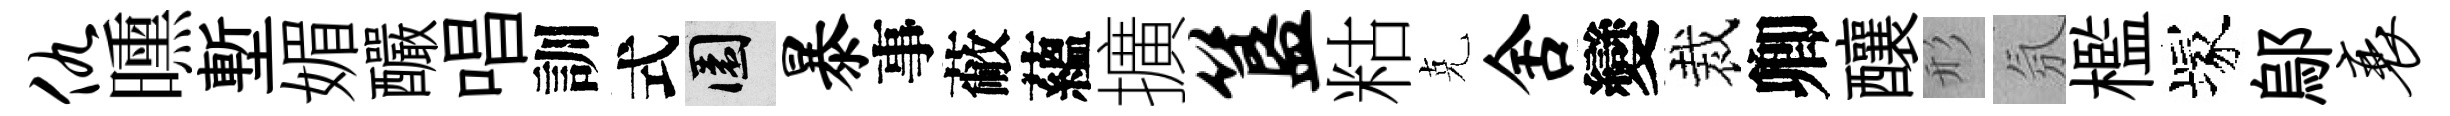
仇曛塹媚釅唱訓式園暴事蔽蘊擴簋䊀克舍變裁卿釀形氛檻塚鄔衰